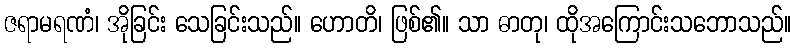
ဇရာမရဏံ၊ အိုခြင်း သေခြင်းသည်။ ဟောတိ၊ ဖြစ်၏။ သာ ဓာတု၊ ထိုအကြောင်းသဘောသည်။